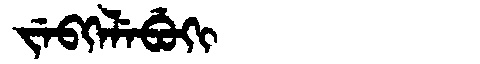
Manchu: ᠵᡝᠪᡴᡝᠯᡝᠪᡠᡴᡳ
Romanization: JEBKELEBUKI